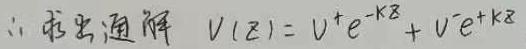
\(\therefore 求出通解\ V(z)=V^{+}e^{-\kappa z}+V^{-}e^{\kappa z}\)